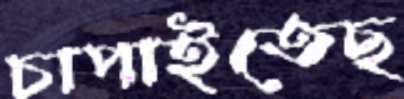
চাপাইতেছ